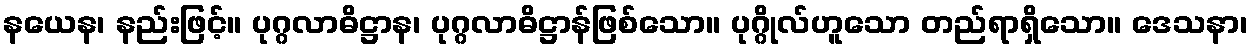
နယေန၊ နည်းဖြင့်။ ပုဂ္ဂလာဓိဋ္ဌာန၊ ပုဂ္ဂလာဓိဋ္ဌာန်ဖြစ်သော။ ပုဂ္ဂိုလ်ဟူသော တည်ရာရှိသော။ ဒေသနာ၊